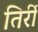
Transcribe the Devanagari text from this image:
तिर्री